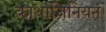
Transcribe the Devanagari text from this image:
कार्थाजिनियन